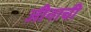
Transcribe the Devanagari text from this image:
जीनाची